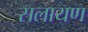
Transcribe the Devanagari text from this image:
सलायण